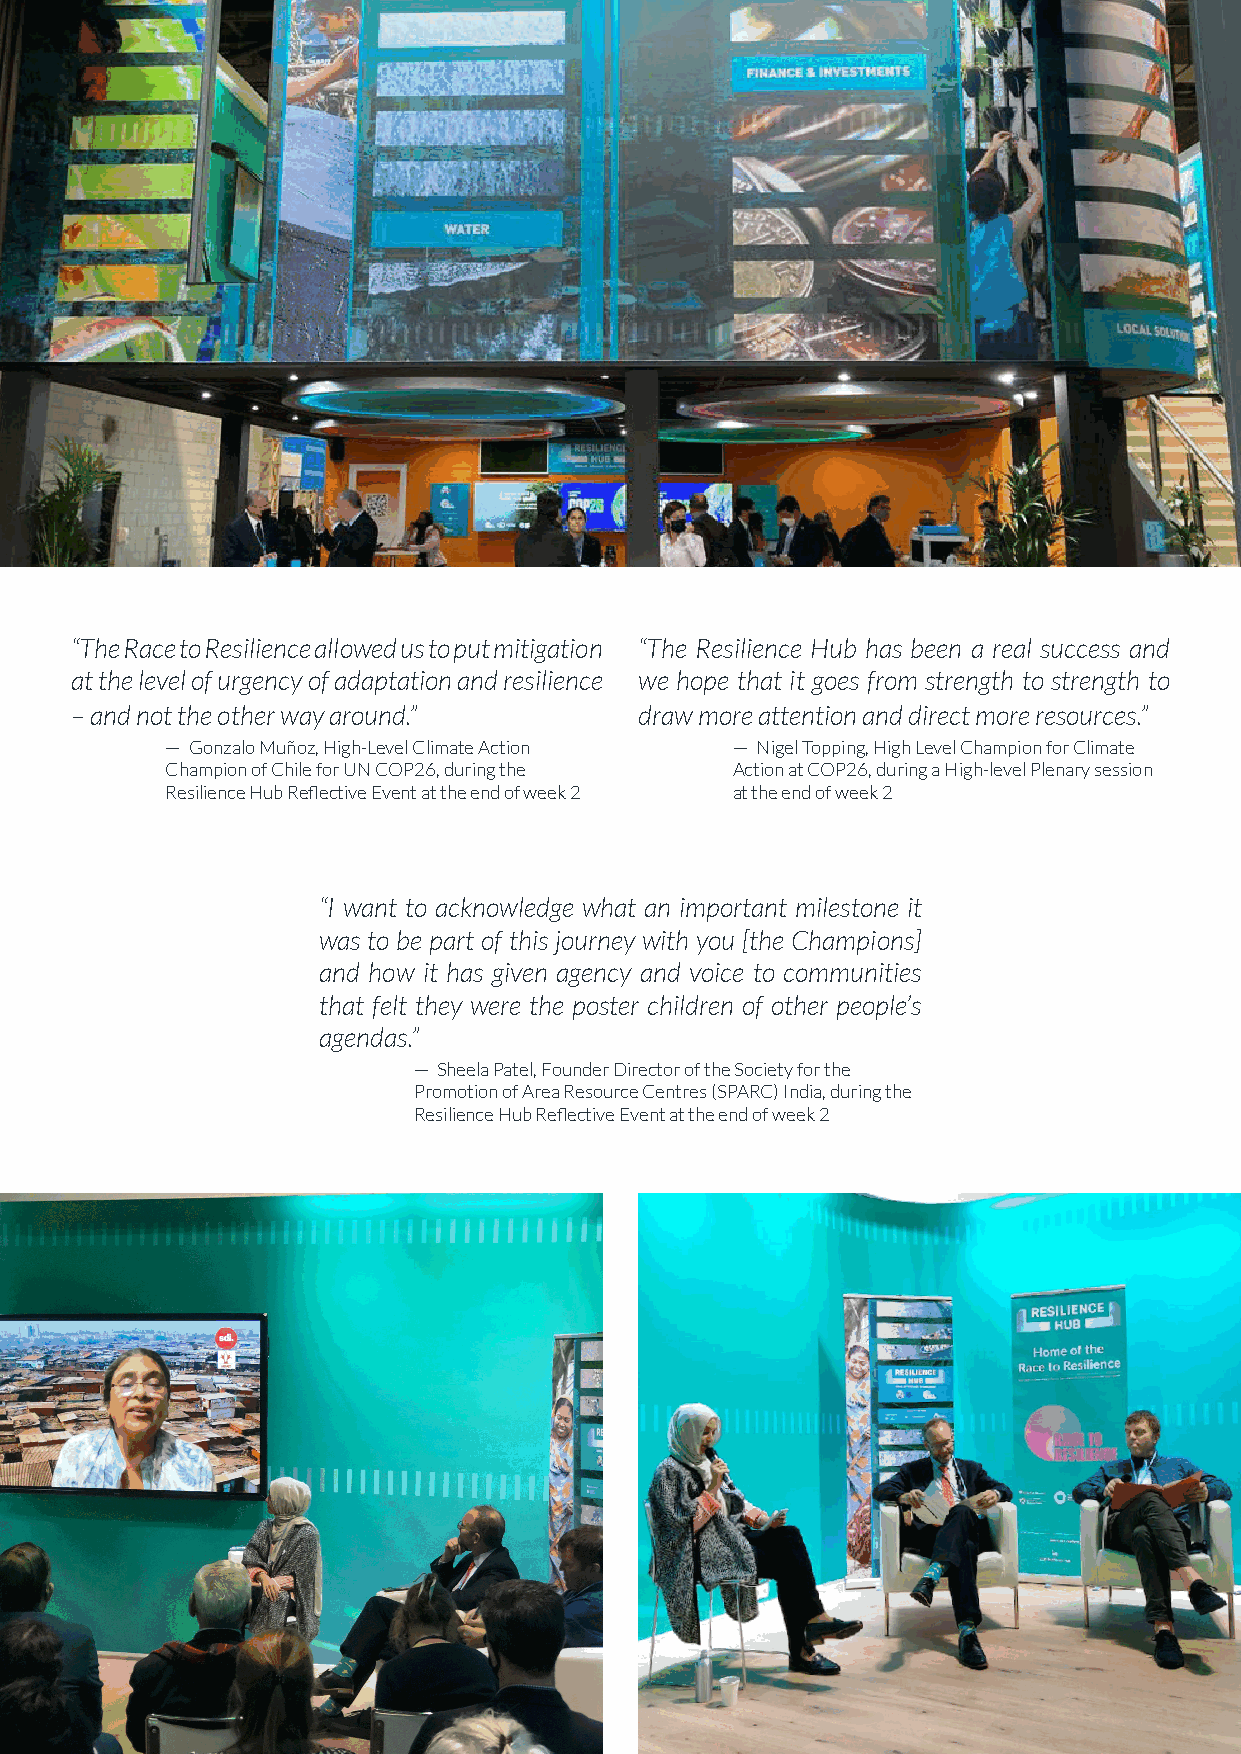
“The Race to Resilience allowed us to put mitigation “The Resilience Hub has been a real success and
 at the level of urgency of adaptation and resilience we hope that it goes from strength to strength to
 – and not the other way around.”     draw more attention and direct more resources.”
 — Gonzalo Muñoz, High-Level Climate Action — Nigel Topping, High Level Champion for Climate
 Champion of Chile for UN COP26, during the Action at COP26, during a High-level Plenary session
 Resilience Hub Reflective Event at the end of week 2 at the end of week 2
 “I want to acknowledge what an important milestone it
 was to be part of this journey with you [the Champions]
 and how it has given agency and voice to communities
 that felt they were the poster children of other people’s
 agendas.”
 — Sheela Patel, Founder Director of the Society for the
 Promotion of Area Resource Centres (SPARC) India, during the
 Resilience Hub Reflective Event at the end of week 2
 8